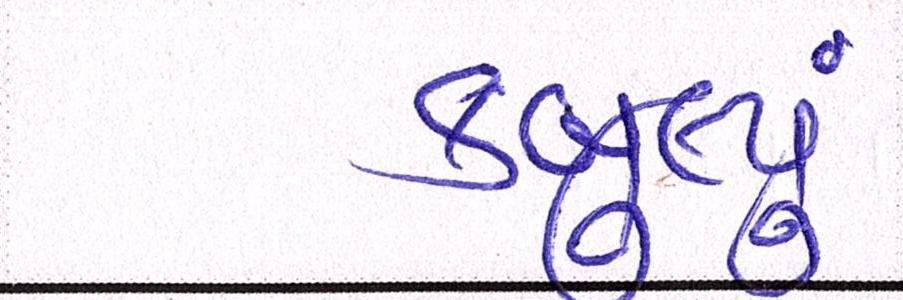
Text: કબુલ્યું